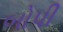
બોપી